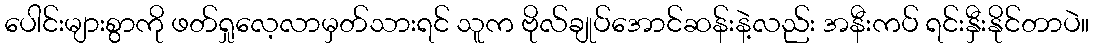
ပေါင်းများစွာကို ဖတ်ရှုလေ့လာမှတ်သားရင် သူက ဗိုလ်ချုပ်အောင်ဆန်းနဲ့လည်း အနီးကပ် ရင်းနှီးနိုင်တာပဲ။